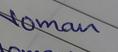
Signature authenticity: genuine